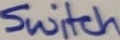
Text: Switch